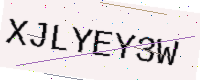
Text: XJLYEY3W